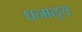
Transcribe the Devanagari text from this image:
धनाढ्‍य